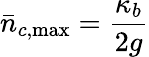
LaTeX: \bar{n}_{c,\mathrm{max}}=\frac{\kappa_{b}}{2g}